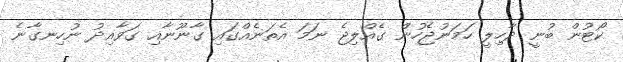
ކޯޓުން ބުނީ ދާހިލީ ހަމަނުޖެހުން ގެއްލިޖެ ނަމަ އެތަނެއްގައި ގާނޫނާއި ގަވާއިދު ނުހިނގާނެ